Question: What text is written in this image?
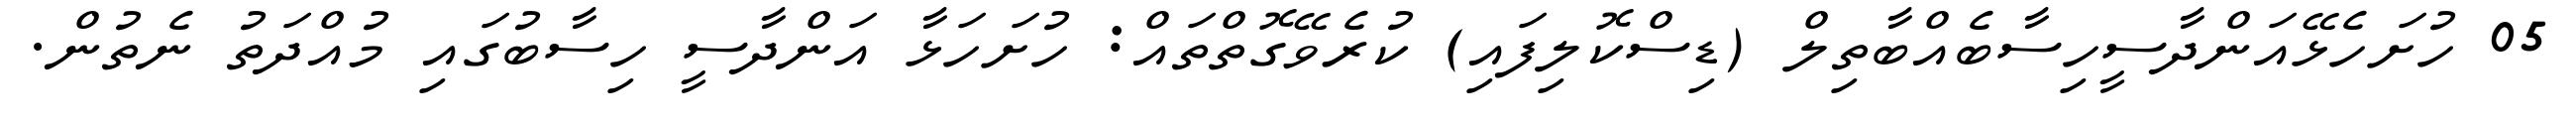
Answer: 05 ހުށަހެޅޭއަންދާސީހިސާބެއްބާތިލް (ޑިސްކޮލިފައި) ކުރެވޭގޮތްތައް: ހުށަހަޅާ އަންދާސީ ހިސާބުގައި މުއްދަތު ނެތުން.